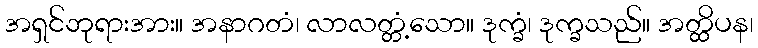
အရှင်ဘုရားအား။ အနာဂတံ၊ လာလတ္တံ့သော။ ဒုက္ခံ၊ ဒုက္ခသည်။ အတ္ထိပန၊